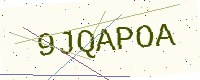
Text: 9JQAPOA